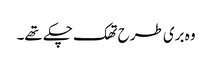
وہ بری طرح تھک چکے تھے۔